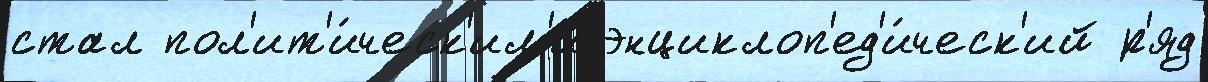
стал пол'ит'и́ческ'им'и энциклоп'ед'и́ческ'ий р'яд